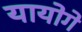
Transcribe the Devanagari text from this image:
यायोगे